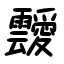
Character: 靉